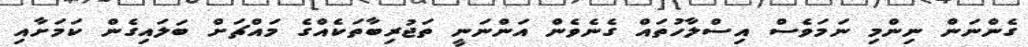
ގެންނަން ނިންމި ނަމަވެސް އިސްލާހުތައް ގެނެވެން އަންނަނީ ތަޖުރިބާތަކެއްގެ މައްޗަށް ބަލައިގެން ކަމަށާއި